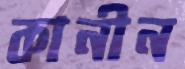
কানীন